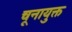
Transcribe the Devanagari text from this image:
चूनायुक्त